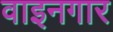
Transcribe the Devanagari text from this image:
वाइनगार